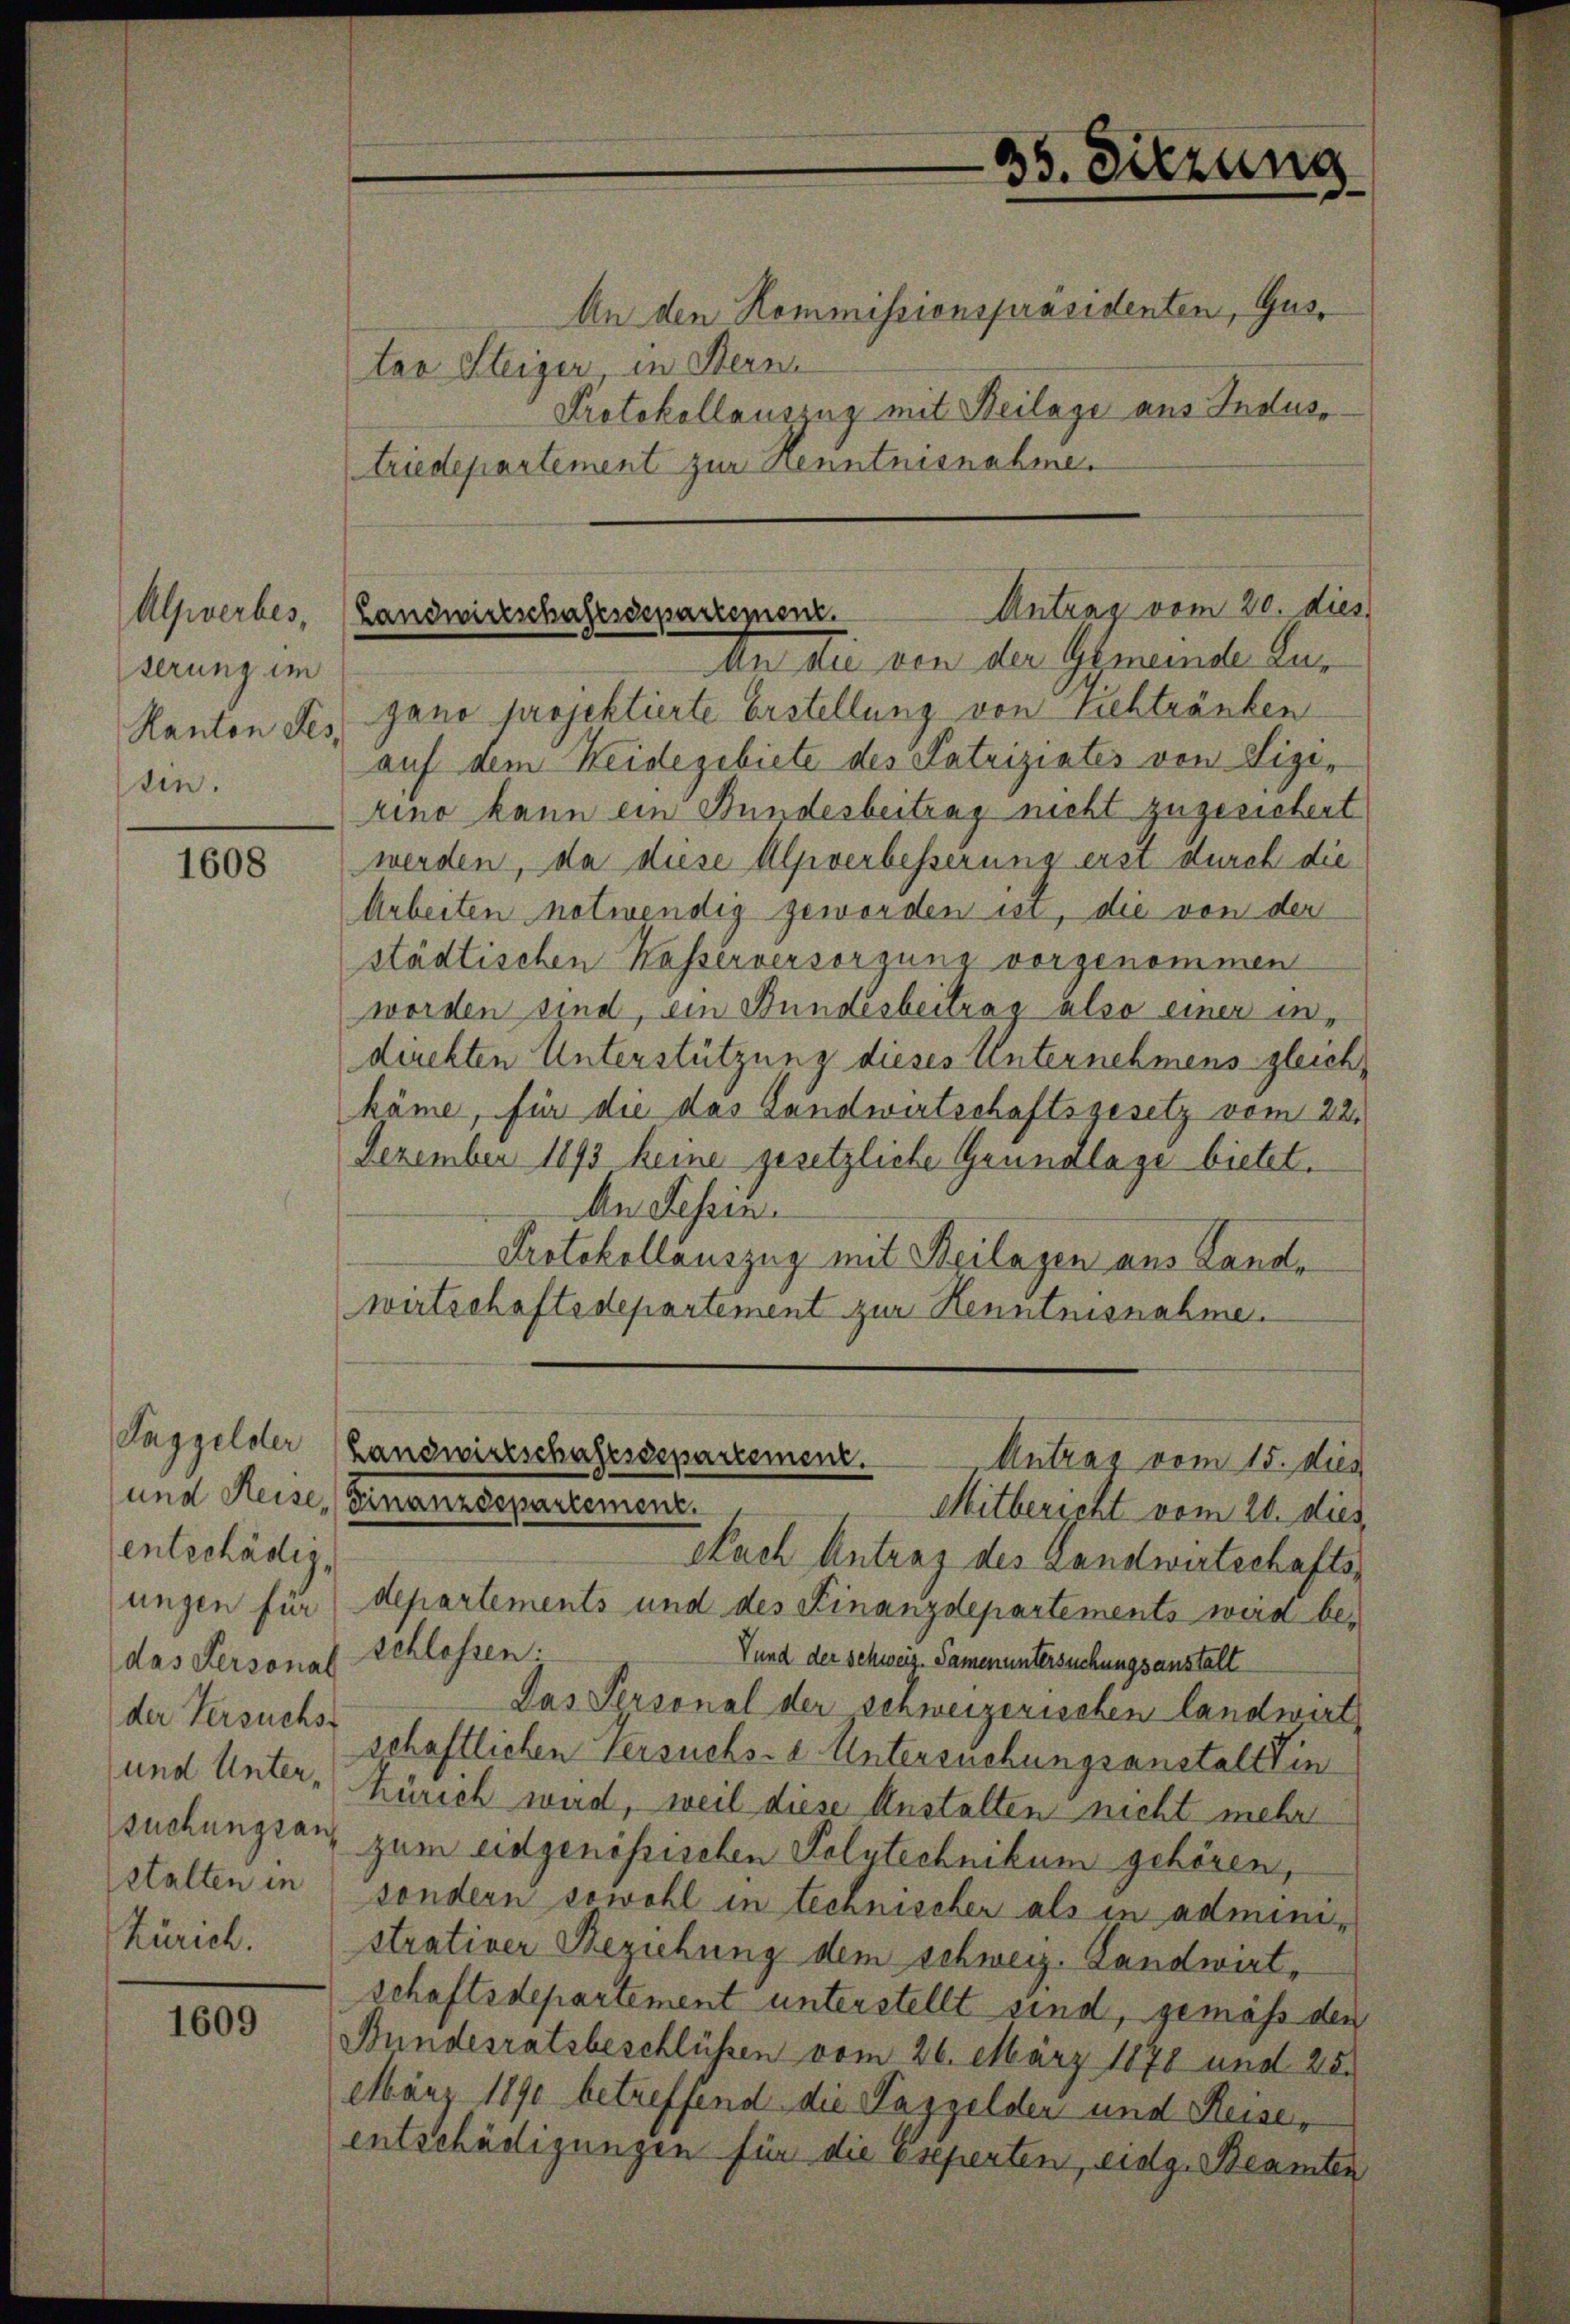
Alzverbes,
terung im
Kanton Fes
ten.

1608

Taggelder
entschädig
das Personal
der Versuchst
und Untersuchungsans
Zürich.

1609

An den Kommissionspräsidenten, Gustar Steiger, in Sterne
Protokollauszug mit Beilage aus Indus
triedepartement zur Kenntnisnahme.

35. Sitzung

An die den der Gemeinde Au-
gano projektierte Erstellung von Siehtränken
auf dem Weidegebiete des Patriziates von Lizirino kann ein Bundesbeitrag nicht zugesichert
werden, da diese Alpverbesserung erst durch die
Arbeiten notwendig geworden in, die von der
städtischen Kasserversorgung vorgenommen
worden sind, ein Bundesbeitrag also einer indirekten Unterstützung dieses Unternehmens gleichkäme, für die das Landwirtschaftsgesetz vom 22.
Dezember 1893 keine gesetzliche Grundlage bietet.
An Fessen.
Protokollauszug mit Beilagen aus Landwirtschaftsdepartement zur Kenntnisnahme.

Landwirtschaftsdepartemenz. Antrag vom 20. dies

Nach Antrag des Landwirtschaftsungen für departements und des Finanzdepartements weid be-
schlossen.
Vund der Schweiz. Samen untersuchungsanstalt
Das Personal der schweizerischen landwirt
schaftlichen Versuchs-e Untersuchungsanstalt in
Zürich wird, weil diese Anstalten nicht mehr
zum eidgenössischen Polytechnikum gehören,
stalten in sondern sowohl in technischer als in administrativer Beziehung dem schweiz. Landwirt,
schaftsdepartement unterstellt sind, gemäß den
Bundesratsbeschlüssen vom 26. März 1878 und 25.
März 1890 betreffend die Taggelder und Reisen
entschädigungen für die Experten, eidg. Beamten

Landwirtschaftssepartement.
Antrag vom 15. dies
und Heise, Finanzdepartement.
Mitbericht vom 26. dies